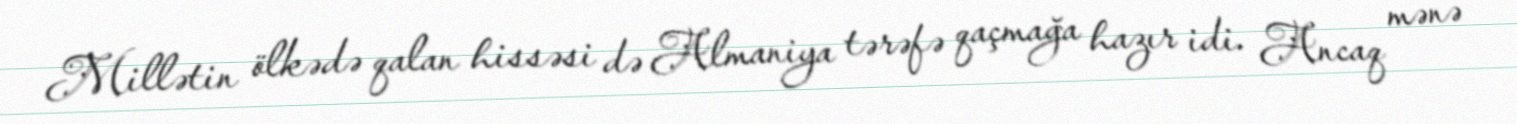
Millətin ölkədə qalan hissəsi də Almaniya tərəfə qaçmağa hazır idi. Ancaq mənə